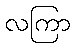
လကြာ